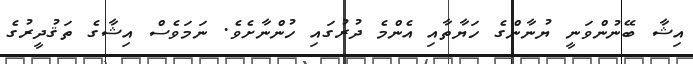
އިޝާ ބޭނުންވަނީ ޔުނާންގެ ހަޔާތާއި އެންމެ ދުރުގައި ހުންނާށެވެ. ނަމަވެސް އިޝާގެ ތަޤުދީރުގެ